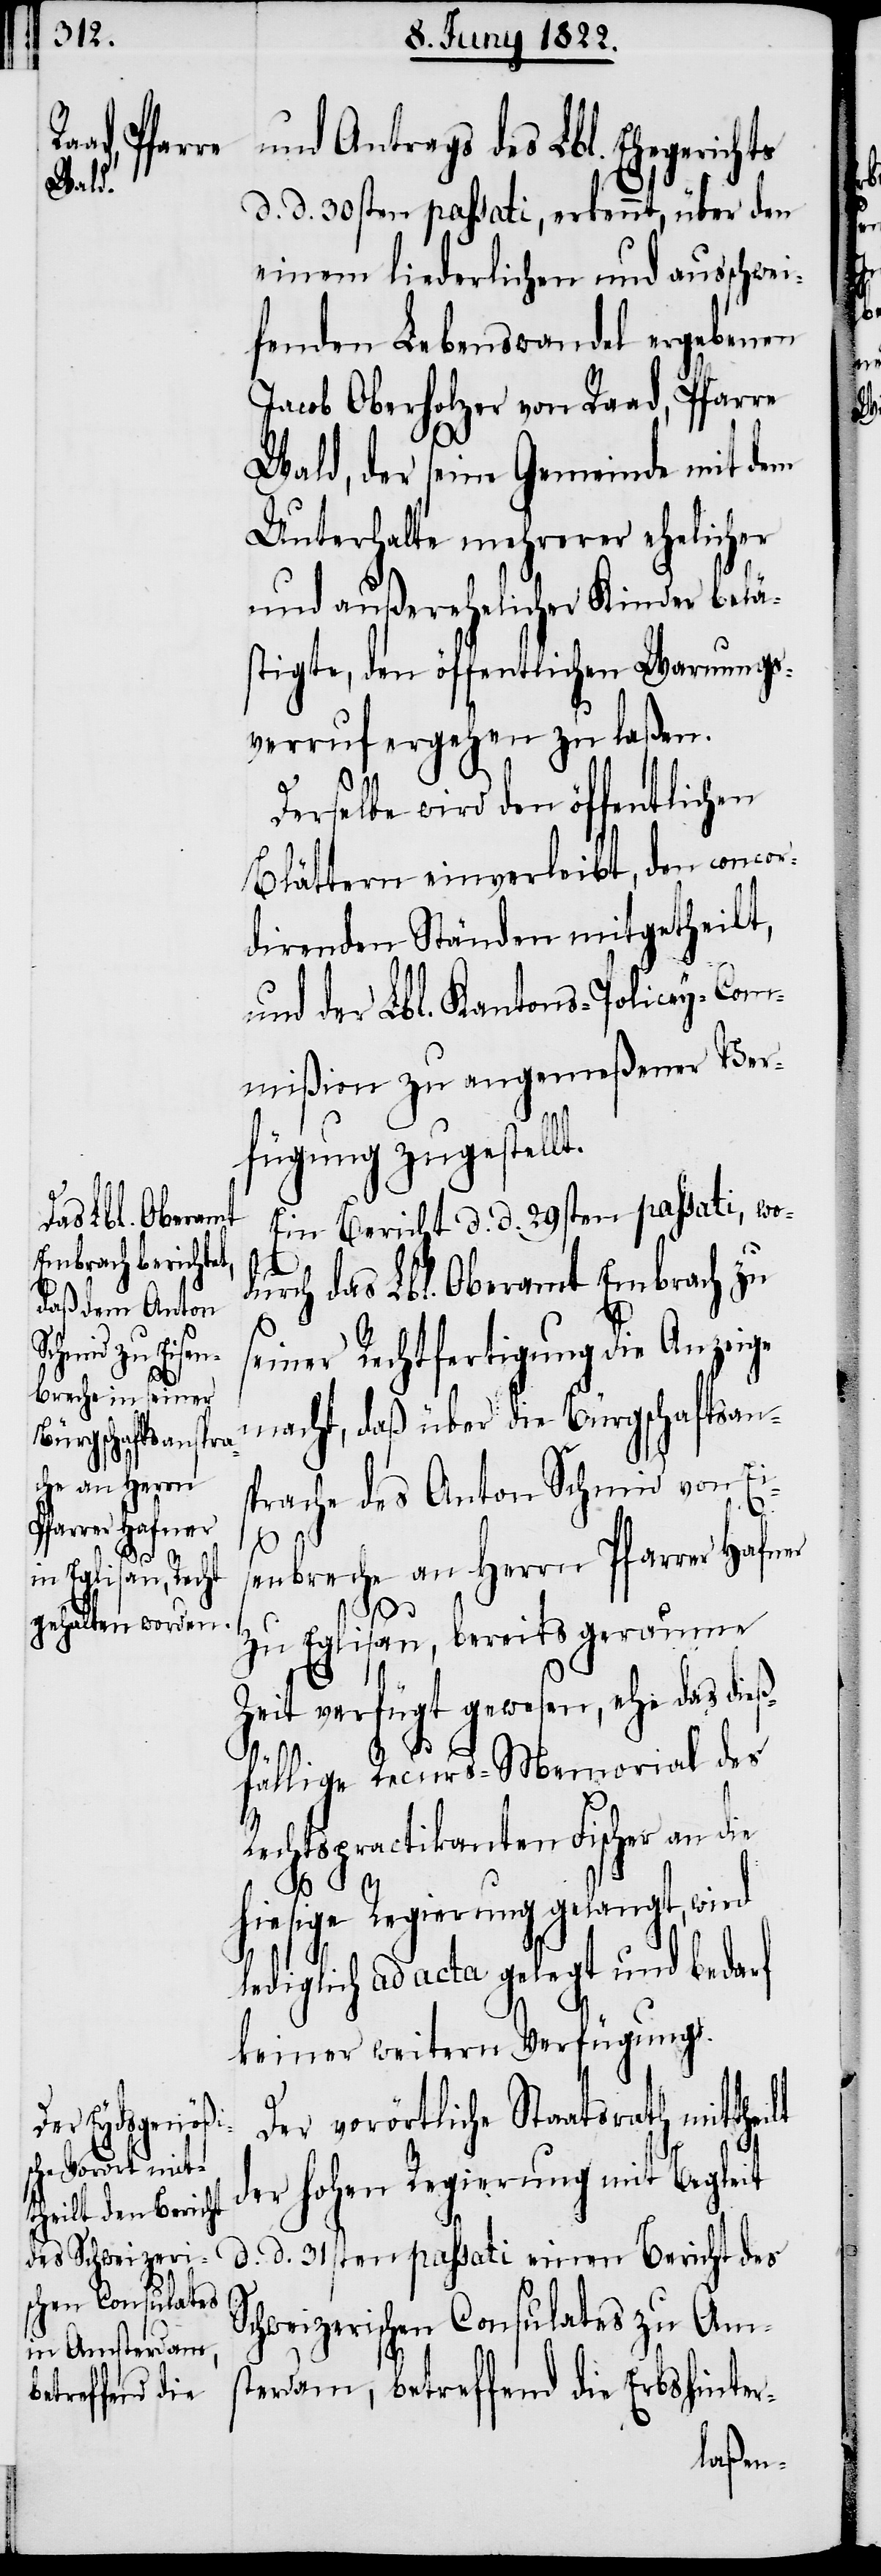
ilt

und Antrags des Lbl. Ehegerichts
d. d. 30sten passati, erkennt, über den
einem liederlichen und ausschwei¬
fenden Lebenswandel ergebenen
Jacob Oberholzer von Raad, Pfarre
Wald, der seine Gemeinde mit dem
Unterhalte mehrerer ehelicher
und außerehelicher Kinder belä¬
stigte, den öffentlichen Warnungs¬
verruf ergehen zu laßen.
Derselbe wird den öffentlichen
Blättern einverleibt, den concor¬
direnden Ständen mitgetheilt,
und der Lbl. Kantons-Policey-Com¬
mißion zu angemeßener Ver¬
fügung zugestell¬
Ein Bericht d. d. 29sten passati, wo¬
t.
durch das Lbl. Oberamt Embrach zu
seiner Rechtfertigung die Anzeige
macht, daß über die Bürgschaftsan¬
sprache des Anton Schmid von Ei¬
senbreche an Herrn Pfarrer Hafner
zu Eglisau, bereits geraume
Zeit verfügt gewesen, ehe das die¬
ßfällige Recurs-Memorial des
Rechtspractikanten Fischer an die
hiesige Regierung gelangt, wird
lediglich ad acta gelegt und bedarf
keiner weitern Verfügung.
Der vorörtliche Staatsrath mitthe¬
der hohen Regierung mit Begleit
d. d. 31sten passati einen Bericht des
Schweizerischen Consulates zu Ams¬
terdam, betreffend die Erbshinter-